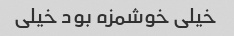
خیلی خوشمزه بود خیلی